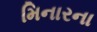
મિનારના